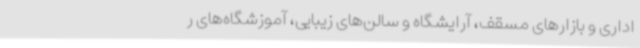
اداری و بازارهای مسقف، آرایشگاه و سالن‌های زیبایی، آموزشگاه‌های ر